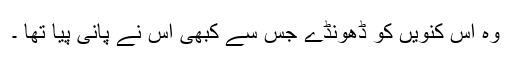
وہ اس کنویں کو ڈھونڈے جس سے کبھی اس نے پانی پیا تھا ۔